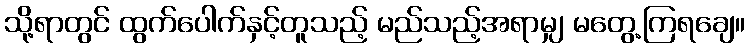
သို့ရာတွင် ထွက်ပေါက်နှင့်တူသည့် မည်သည့်အရာမျှ မတွေ့ကြရချေ။